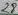
Text: 27